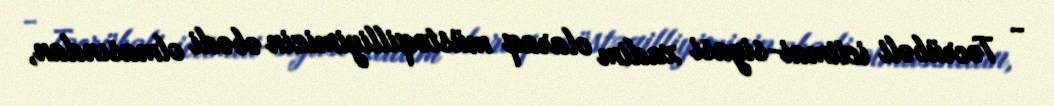
- Təcrübəli ictimai-siyasi xadim olaraq müstəqilliyimizin əbədi olmasından,